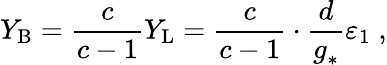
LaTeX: Y_{\mathrm{B}}=\frac{c}{c-1}Y_{\mathrm{L}}=\frac{c}{c-1}\cdot\frac{d}{g_{*}^{~}}\varepsilon_{1}\; ,